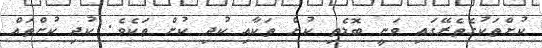
ކުށްތަކުގެތެރޭގައި ވަނީ ބޮޑެތި ކުށް ތަކާއި ކުދި ކުށް ތަކެވެ. ކުދި ކުށްތައް